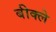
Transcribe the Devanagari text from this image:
बीक्ले